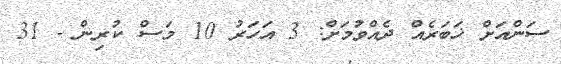
ސަންއަށް ޚަބަރެއް ދެއްވުމަށް: 3 އަހަރު 10 މަސް ކުރިން - 31